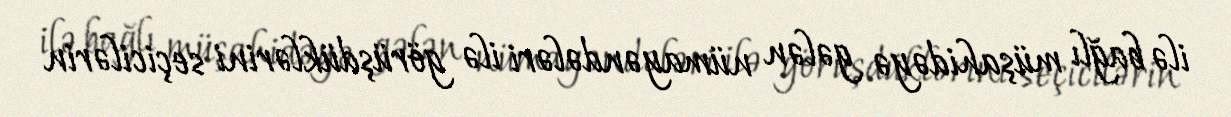
ilə bağlı müşahidəyə gələn nümayəndələri ilə görüşdüklərini seçicilərin